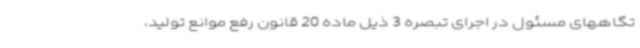
تگاههای مسئول در اجرای تبصره 3 ذیل ماده 20 قانون رفع موانع تولید،